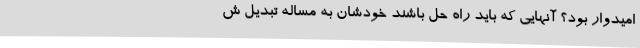
امیدوار بود؟ آنهایی که باید راه‌ حل باشند خودشان به مساله تبدیل ش